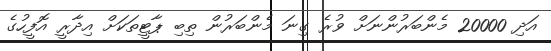
އަދި 20000 މެންބަރުންނަށް ވުރެ ގިނަ މެންބަރުން ތިިބި ޕާޓީތަކަށް އިދާރީ އޮފީހުގެ